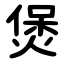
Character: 煲